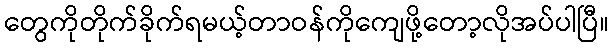
တွေကိုတိုက်ခိုက်ရမယ့်တာဝန်ကိုကျေဖို့တော့လိုအပ်ပါပြီ။